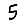
Digit: 5